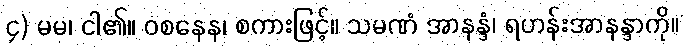
၄) မမ၊ ငါ၏။ ဝစနေန၊ စကားဖြင့်။ သမဏံ အာနန္ဒံ၊ ရဟန်းအာနန္ဒာကို။